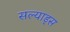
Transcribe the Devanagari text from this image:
सल्याड्स